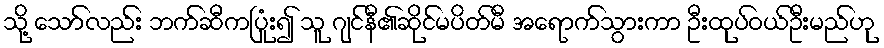
သို့ သော်လည်း ဘက်ဆီကပြုံး၍ သူ ဂျင်နီ၏ဆိုင်မပိတ်မီ အရောက်သွားကာ ဦးထုပ်ဝယ်ဦးမည်ဟု